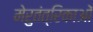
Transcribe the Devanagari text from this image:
मेरुतंत्रिकाओं